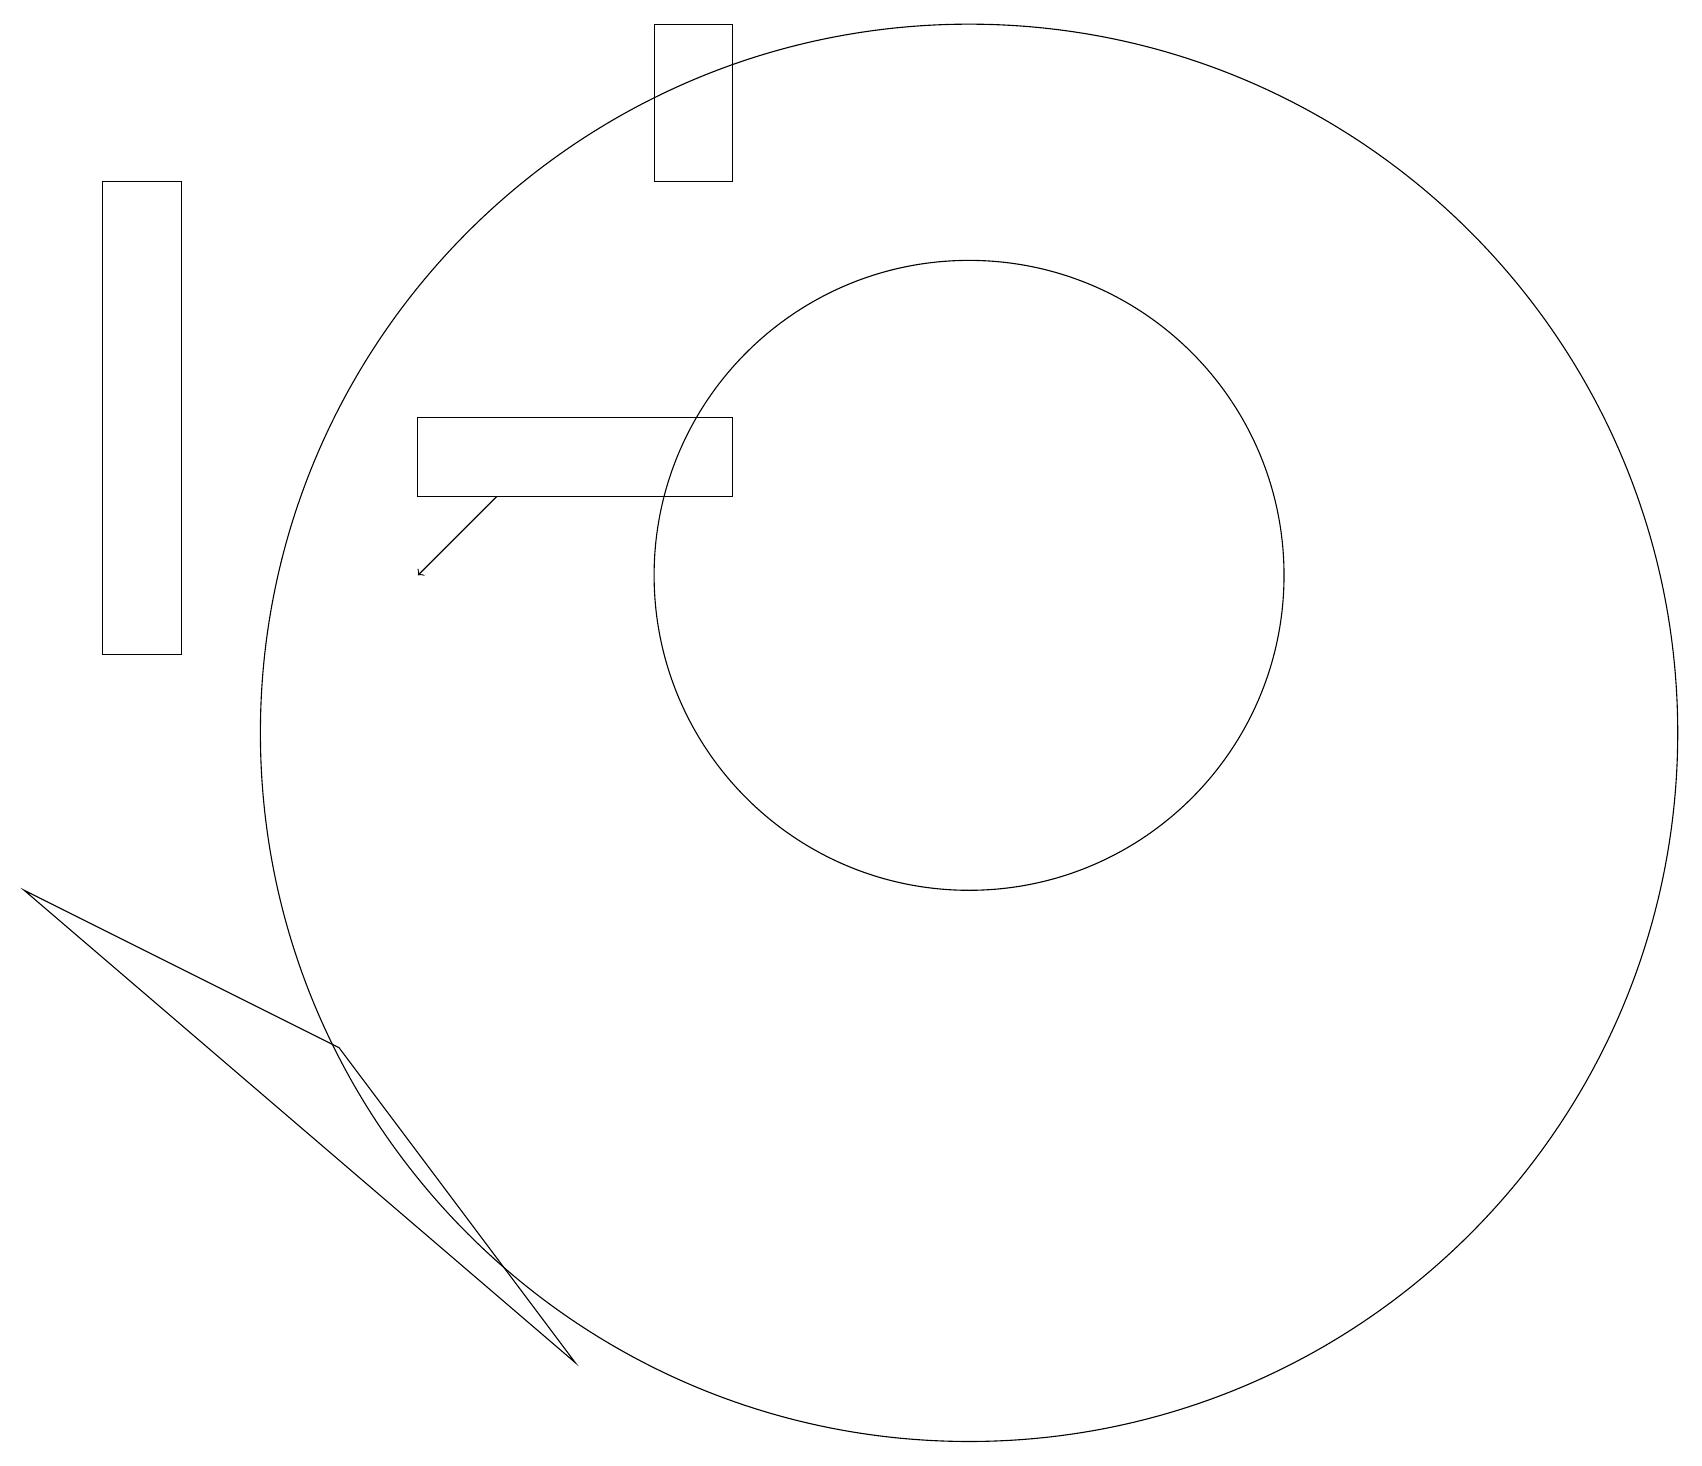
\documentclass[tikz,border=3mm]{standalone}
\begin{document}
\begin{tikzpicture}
\draw (7,2) -- (4,6) -- (0,8) -- cycle;
\draw (9,19) rectangle (8,17);
\draw (12,12) circle (4);
\draw (9,14) rectangle (5,13);
\draw (12,10) circle (9);
\draw (2,17) rectangle (1,11);
\draw (12,10) circle (0);
\draw[->] (6,13) -- (5,12);
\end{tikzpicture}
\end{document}